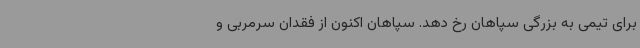
برای تیمی به بزرگی سپاهان رخ دهد. سپاهان اکنون از فقدان سرمربی و